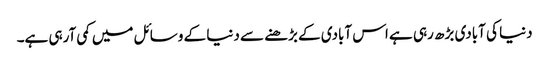
دنیا کی آبادی بڑھ رہی ہے اس آبادی کے بڑھنے سے دنیا کے وسائل میں کمی آرہی ہے۔